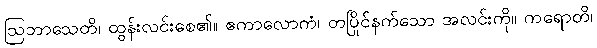
ဩဘာသေတိ၊ ထွန်းလင်းစေ၏။ ဧကာလောကံ၊ တပြိုင်နက်သော အလင်းကို။ ကရောတိ၊